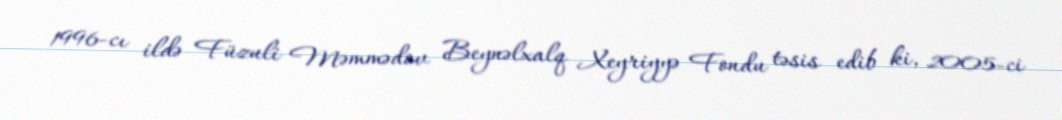
1996-cı ildə Füzuli Məmmədov Beynəlxalq Xeyriyyə Fondu təsis edib ki, 2005-ci